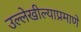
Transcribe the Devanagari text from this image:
उल्लेखील्याप्रमाणे